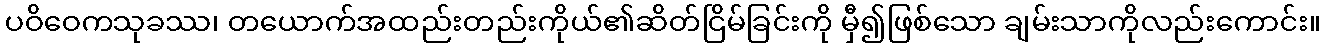
ပဝိဝေကသုခဿ၊ တယောက်အထည်းတည်းကိုယ်၏ဆိတ်ငြိမ်ခြင်းကို မှီ၍ဖြစ်သော ချမ်းသာကိုလည်းကောင်း။